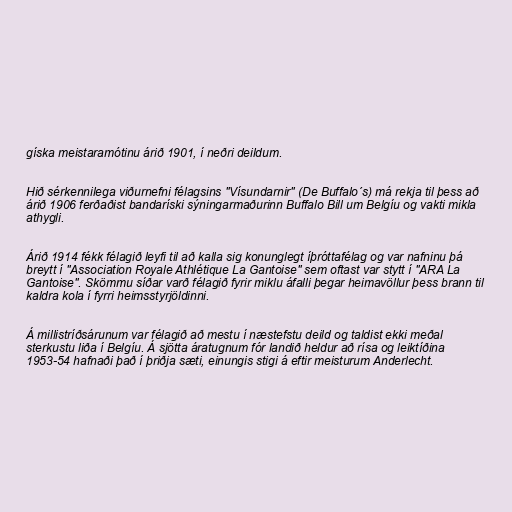
gíska meistaramótinu árið 1901, í neðri deildum.

Hið sérkennilega viðurnefni félagsins "Vísundarnir" (De Buffalo´s) má rekja til þess að
árið 1906 ferðaðist bandaríski sýningarmaðurinn Buffalo Bill um Belgíu og vakti mikla
athygli.

Árið 1914 fékk félagið leyfi til að kalla sig konunglegt íþróttafélag og var nafninu þá
breytt í "Association Royale Athlétique La Gantoise" sem oftast var stytt í "ARA La
Gantoise". Skömmu síðar varð félagið fyrir miklu áfalli þegar heimavöllur þess brann til
kaldra kola í fyrri heimsstyrjöldinni.

Á millistríðsárunum var félagið að mestu í næstefstu deild og taldist ekki meðal
sterkustu liða í Belgíu. Á sjötta áratugnum fór landið heldur að rísa og leiktíðina
1953-54 hafnaði það í þriðja sæti, einungis stigi á eftir meisturum Anderlecht.